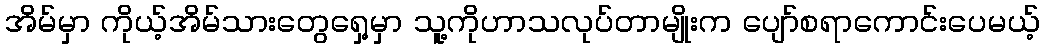
အိမ်မှာ ကိုယ့်အိမ်သားတွေရှေ့မှာ သူ့ကိုဟာသလုပ်တာမျိုးက ပျော်စရာကောင်းပေမယ့်